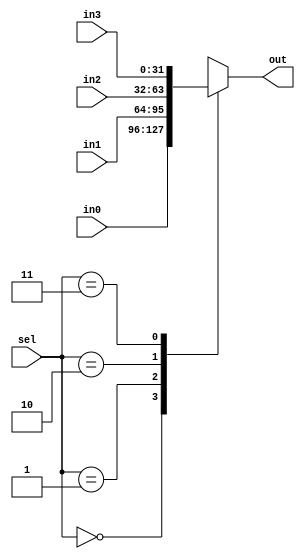
module mux41(in0,in1,in2,in3,sel,out);
	
	parameter DATA_WIDTH = 32;
	
	input	wire	[DATA_WIDTH - 1:0]	in0,in1,in2,in3;
	input	wire	[1:0]	sel;
	output	wire	[DATA_WIDTH - 1:0]	out;
	
	reg		[DATA_WIDTH - 1:0]	temp;
	
	assign	out	= temp;
	
always@(*)
begin
	case(sel)
		2'd0:	temp = in0;
		2'd1:	temp = in1;
		2'd2:	temp = in2;
		2'd3:	temp = in3;	
	endcase
end

endmodule